Indian journal of veterinary science and animal husbandry - Volumes 18-21, 1948-1951
Year: 1948
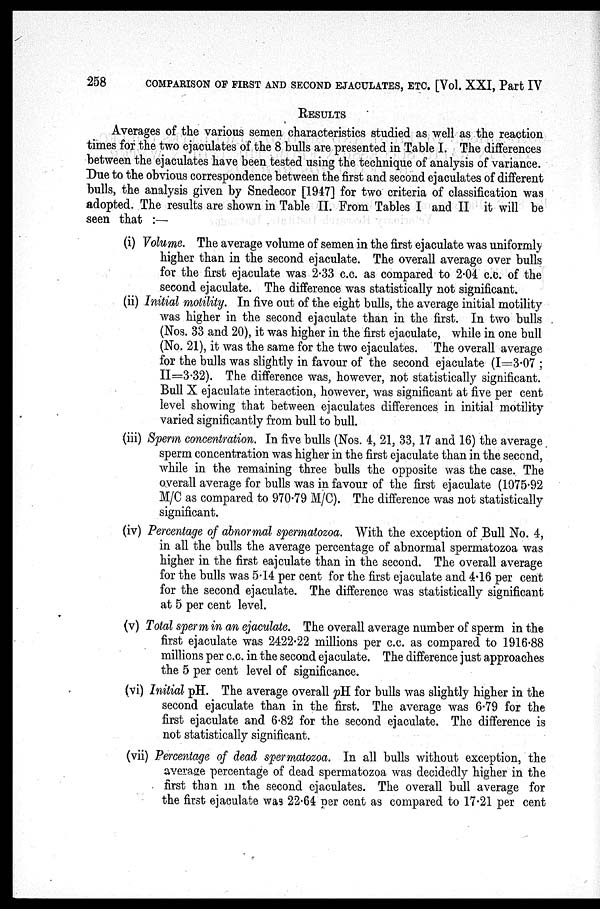
258
COMPARISON OF FIRST AND SECOND EJACULATES, ETC. [Vol. XXI, Part IV
RESULTS
Averages of the various semen characteristics studied as well as the reaction
times for the two ejaculates of the 8 bulls are presented in Table I. The differences
between the ejaculates have been tested using the technique of analysis of variance.
Due to the obvious correspondence between the first and second ejaculates of different
bulls, the analysis given by Snedecor [1947] for two criteria of classification was
adopted. The results are shown in Table II. From Tables I and II it will be
seen that:—
(i) Volume. The average volume of semen in the first ejaculate was uniformly
higher than in the second ejaculate. The overall average over bulls
for the first ejaculate was 2.33 c.c. as compared to 2.04 c.c. of the
second ejaculate. The difference was statistically not significant.
(ii) Initial motility. In five out of the eight bulls, the average initial motility
was higher in the second ejaculate than in the first. In two bulls
(Nos. 33 and 20), it was higher in the first ejaculate, while in one bull
(No. 21), it was the same for the two ejaculates. The overall average
for the bulls was slightly in favour of the second ejaculate (I=3.07;
II=3.32). The difference was, however, not statistically significant.
Bull X ejaculate interaction, however, was significant at five per cent
level showing that between ejaculates differences in initial motility
varied significantly from bull to bull.
(iii) Sperm concentration. In five bulls (Nos. 4, 21, 33, 17 and 16) the average
sperm concentration was higher in the first ejaculate than in the second,
while in the remaining three bulls the opposite was the case. The
overall average for bulls was in favour of the first ejaculate (1975.92
M/C as compared to 970.79 M/C). The difference was not statistically
significant.
(iv) Percentage of abnormal spermatozoa. With the exception of Bull No. 4,
in all the bulls the average percentage of abnormal spermatozoa was
higher in the first eajculate than in the second. The overall average
for the bulls was 5.14 per cent for the first ejaculate and 4.16 per cent
for the second ejaculate. The difference was statistically significant
at 5 per cent level.
(v) Total sperm in an ejaculate. The overall average number of sperm in the
first ejaculate was 2422.22 millions per c.c. as compared to 1916.88
millions per c.c. in the second ejaculate. The difference just approaches
the 5 per cent level of significance.
(vi) Initial pH. The average overall pH for bulls was slightly higher in the
second ejaculate than in the first. The average was 6.79 for the
first ejaculate and 6.82 for the second ejaculate. The difference is
not statistically significant.
(vii) Percentage of dead spermatozoa. In all bulls without exception, the
average percentage of dead spermatozoa was decidedly higher in the
first than in the second ejaculates. The overall bull average for
the first ejaculate was 22.64 per cent as compared to 17.21 per cent